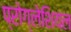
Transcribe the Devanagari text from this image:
प्रोग्लेशियल